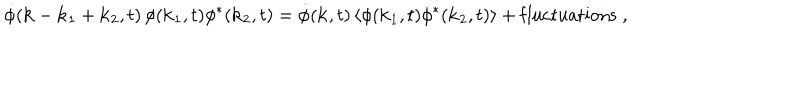
LaTeX: \dot { \phi } ( { \bf k } - { \bf k } _ { 1 } + { \bf k } _ { 2 } , t ) \, \phi ( { \bf k } _ { 1 } , t ) \phi ^ { * } ( { \bf k } _ { 2 } , t ) = \dot { \phi } ( { \bf k } , t ) \, \langle \phi ( { \bf k } _ { 1 } , t ) \phi ^ { * } ( { \bf k } _ { 2 } , t ) \rangle + \mathrm { f l u c t u a t i o n s } \; ,